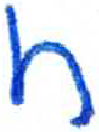
אות: ח